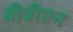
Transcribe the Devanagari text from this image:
बीबीएन